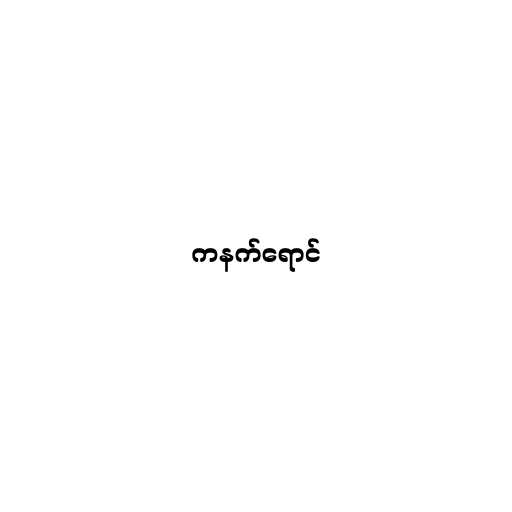
ကနက်ရောင်